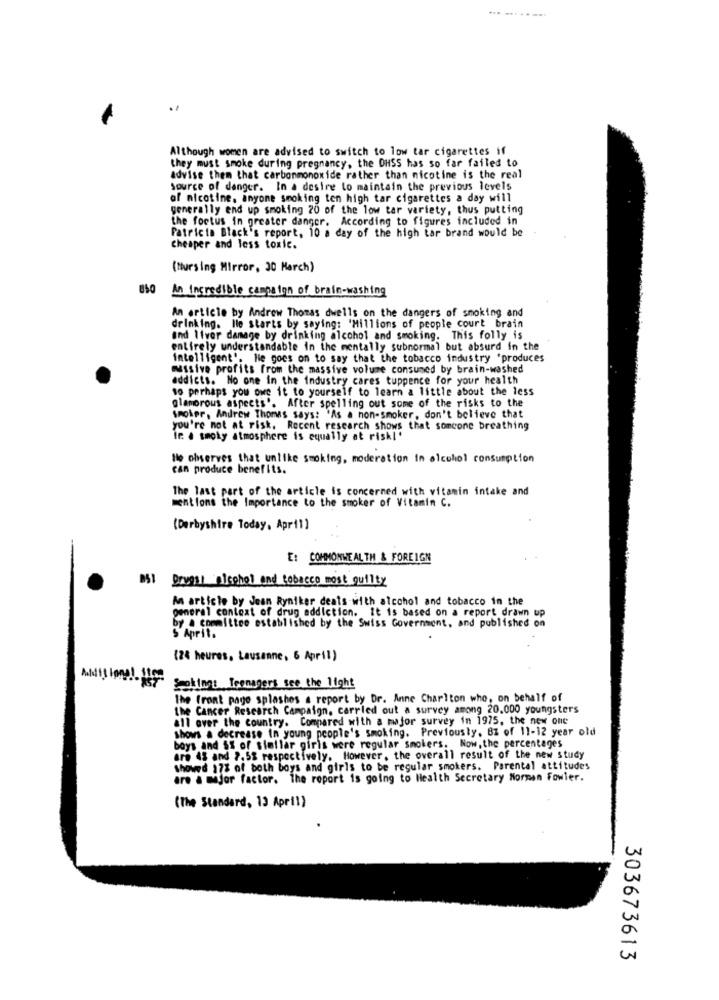
....
.1
Although women are advised to switch to low tar cigarettes if
they must smoke during pregnancy, the OHSS has so far failed to
advise them that carbonmonoxide rather than nicotine is the real
Source of danger. In a desire to maintain the previous levels
of nicotine. anyone smoking ten high tar cigarettes a day will
generally end up smoking 20 of the low tar variety, thus putting
the footus in greater danger. According to figures included in
Patricia Black's report, 10 a day of the high tar brand would be.
cheaper and less toxic.
(Nursing Mirror, 30 March)
An Incredible campaign of brain-washing
An article by Andrew Thomas dwells on the dangers of smoking and
drinking. lle starts by saying: 'Millions of people court brain
and liver damage by drinking alcohol and smoking. This folly is
entirely understandable in the mentally subnormal but absurd in the
intelligent'. He goes on to say that the tobacco industry 'produces
massive profits from the massive volume consumed by brain-washed
addicts. No one in the industry cares tuppence for your health
to perhaps you owe it to yourself to learn a little about the less
glamorous aspects'. After spelling out some of the risks to the
smoker, Andrew Thomas says: 'As a non-smoker, don't believe that
you're not at risk. Recent research shows that someone breathing
ir & smoty atmosphere is equally at riskl'
le observes that unlike smoking, moderation in alcohol consumption
can produce benefits.
The last part of the article is concerned with vitamin intake and
mentions the Importance to the smoker of Vitamin C.
(Derbyshire Today, April)
E: COMMONWEALTH & FOREIGN
Drugs/ alcohol and tobacco most guilty
An article by Jean Ryniker deals with alcohol and tobacco in the
general context of drug addiction. It is based on a report drawn up
by . committee established by the Swiss Government, and published on
S Aprit.
(24 heures, Lausanne, 6 April )
Stoking: Teenagers see the light
The front page splashes a report by Dr. Anne Charlton who, on behalf of
the Cancer Research Campaign, carried out a survey among 20.000 youngsters
all over the country. Compared with a major survey in 1975, the new one
Shows a decrease in young people's smoking. Previously, Bz of 11-12 year old
boys and $$ of similar girls were regular smokers. Now,the percentages
are 45 and 7,5% respectively. However, the overall result of the new study
Showed 17% of both boys and girls to be regular smokers. Parental attitudes
are a major factor. The report is going to Health Secretary Normen Fowler.
(The Standard, 13 April)
303673613